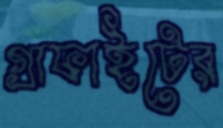
গ্রাফাইটের